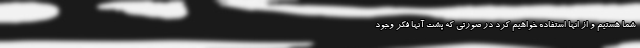
شما هستیم و از انها استفاده خواهیم کرد در صورتی که پشت آنها فکر وجود